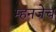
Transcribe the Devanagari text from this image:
म्हनजेच